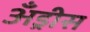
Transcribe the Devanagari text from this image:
अँड्रीस